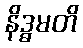
နိဒ္ဓမတိ